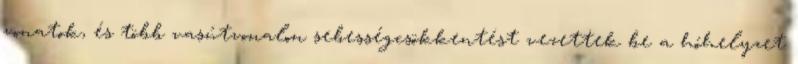
vonatok, és több vasútvonalon sebességcsökkentést vezettek be a hóhelyzet